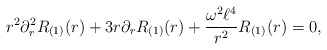
\begin{align*} r^2 \partial_{r}^2 R_{(1)}(r) + 3 r \partial_{r} R_{(1)}(r) + \frac{\omega^2 \ell^4}{r^2} R_{(1)}(r) = 0,\end{align*}